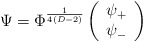
\begin{align*}\Psi=\Phi^{\frac{1}{4(D-2)}}\left(\begin{array}{c}\psi_+\\ \psi_-\end{array}\right)\end{align*}